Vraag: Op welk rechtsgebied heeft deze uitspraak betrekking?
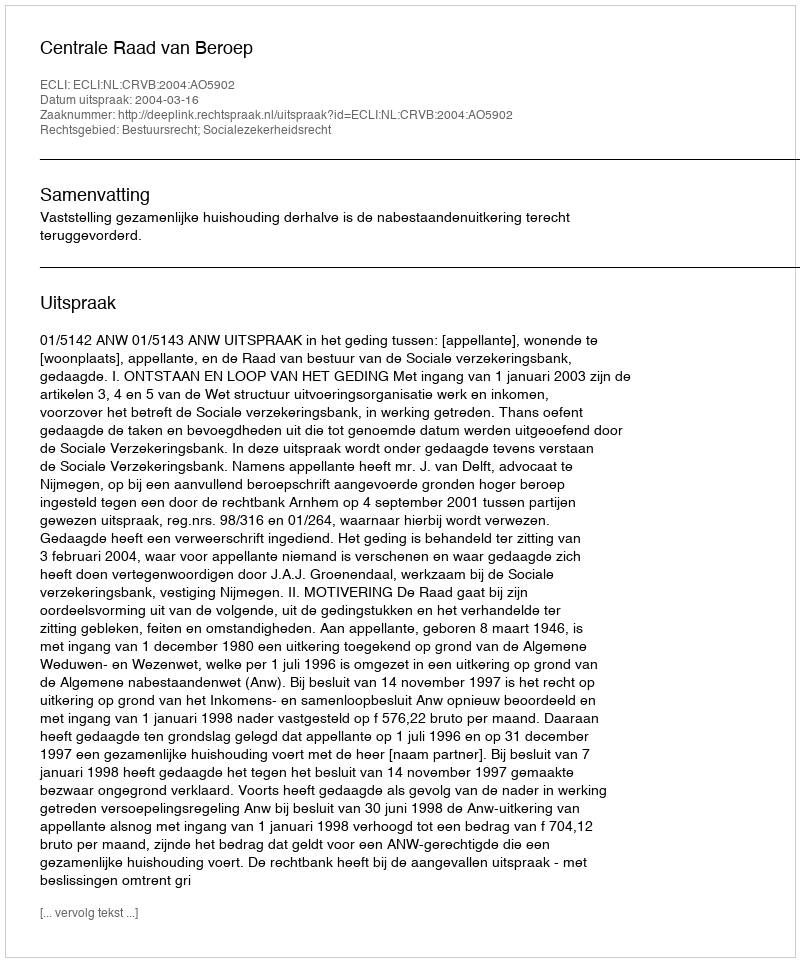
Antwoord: Bestuursrecht; Socialezekerheidsrecht